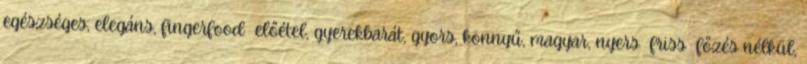
egészséges, elegáns, fingerfood előétel, gyerekbarát, gyors, könnyű, magyar, nyers friss főzés nélkül,